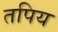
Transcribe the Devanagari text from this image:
तपिय